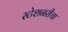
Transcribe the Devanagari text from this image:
स्टेशनरीचा